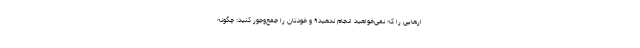
ارهایی را که نمی‌خواهید انجام ندهید۹ و خودتان را جمع‌وجور کنید: چگونه